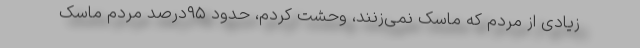
زیادی از مردم که ماسک نمی‌زنند، وحشت کردم، حدود ۹۵درصد مردم ماسک